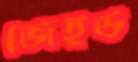
জেইউ